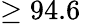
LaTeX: \geq 94.6\